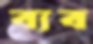
ব্যব